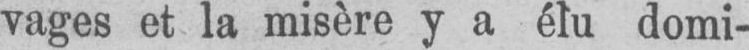
vages et la misère y a élu domi-